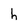
Character: h